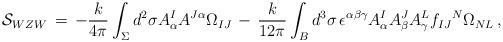
LaTeX: \begin{align*}{\cal S}_{WZW} \,=\, -\frac{k}{4\pi} \int_{\Sigma} d^{2} \sigma A^{I}_{\alpha}A^{J\alpha} \Omega_{IJ}\,-\, \frac{k}{12 \pi} \int_{B} d^{3}\sigma \, \epsilon^{\alpha \beta\gamma} A^{I}_{\alpha} A^{J}_{\beta} A^{L}_{\gamma} {f_{IJ}}^{N}\Omega_{NL}\, , \end{align*}